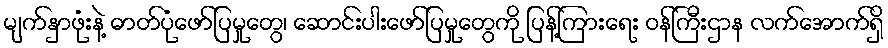
မျက်နှာဖုံးနဲ့ ဓာတ်ပုံဖော်ပြမှုတွေ၊ ဆောင်းပါးဖော်ပြမှုတွေကို ပြန့်ကြားရေး ဝန်ကြီးဌာန လက်အောက်ရှိ